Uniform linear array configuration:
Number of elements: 16
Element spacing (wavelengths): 0.5
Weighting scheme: hamming
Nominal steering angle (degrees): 30
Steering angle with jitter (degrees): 30.158
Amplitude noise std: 0.05
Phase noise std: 0.05

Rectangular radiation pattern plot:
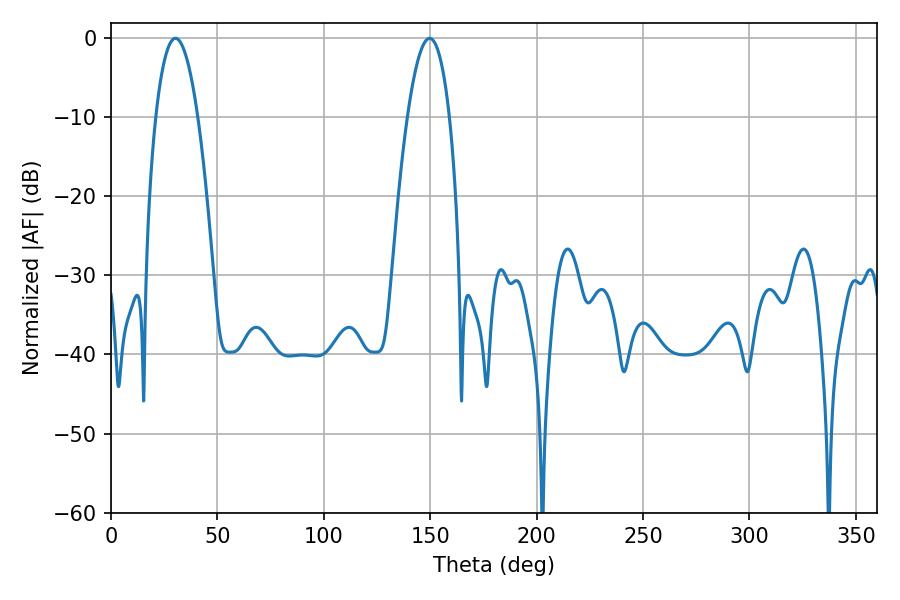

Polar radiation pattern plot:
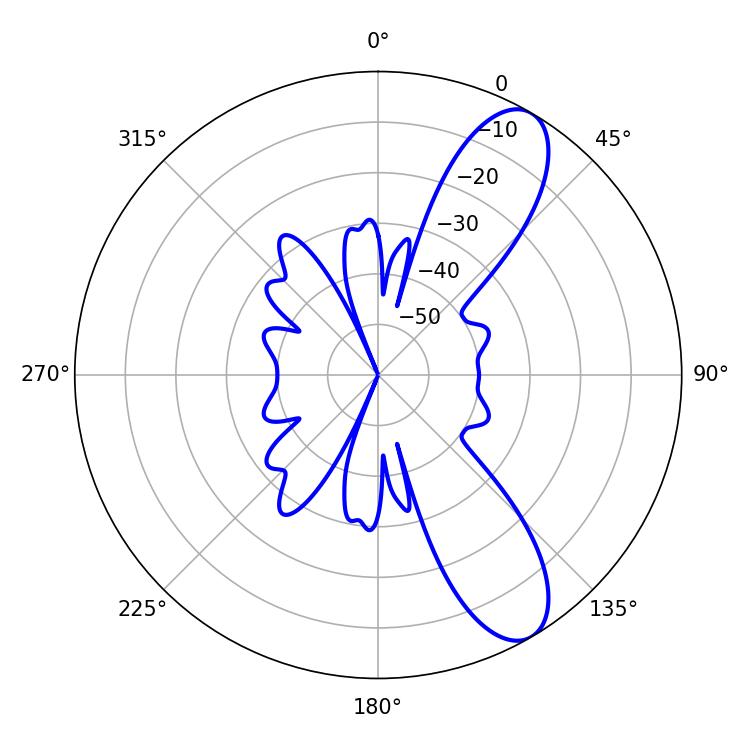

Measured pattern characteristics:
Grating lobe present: FALSE
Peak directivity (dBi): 9.855
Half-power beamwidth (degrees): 10.98
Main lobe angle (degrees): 30.24